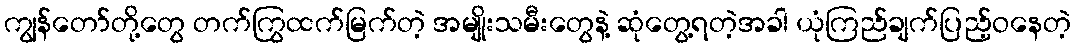
ကျွန်တော်တို့တွေ တက်ကြွထက်မြက်တဲ့ အမျိုးသမီးတွေနဲ့ ဆုံတွေ့ရတဲ့အခါ ယုံကြည်ချက်ပြည့်ဝနေတဲ့